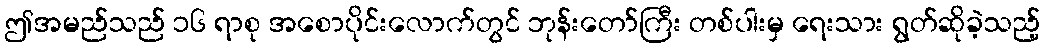
ဤအမည်သည် ၁၆ ရာစု အစောပိုင်းလောက်တွင် ဘုန်းတော်ကြီး တစ်ပါးမှ ရေးသား ရွတ်ဆိုခဲ့သည့်